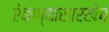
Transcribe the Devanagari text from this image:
ऐकण्यासारखेच